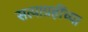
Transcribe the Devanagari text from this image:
सत्याग्रहींच्या